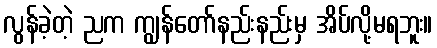
လွန်ခဲ့တဲ့ ညက ကျွန်တော်နည်းနည်းမှ အိပ်လို့မရဘူး။